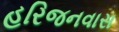
હરિજનવાસ